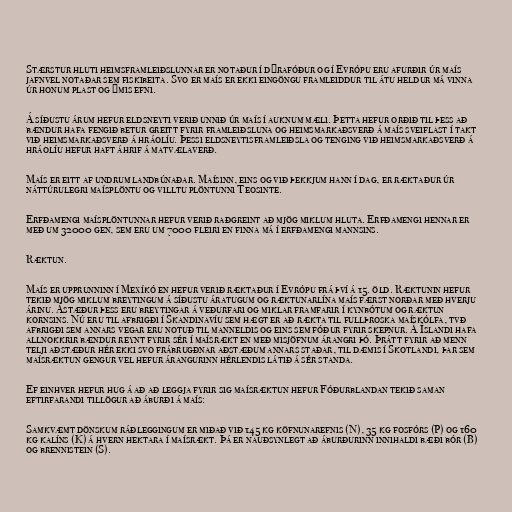
Stærstur hluti heimsframleiðslunnar er notaður í dýrafóður og í Evrópu eru afurðir úr maís
jafnvel notaðar sem fiskibeita. Svo er maís er ekki eingöngu framleiddur til átu heldur má vinna
úr honum plast og ýmis efni.

Á síðustu árum hefur eldsneyti verið unnið úr maís í auknum mæli. Þetta hefur orðið til þess að
bændur hafa fengið betur greitt fyrir framleiðsluna og heimsmarkaðsverð á maís sveiflast í takt
við heimsmarkaðsverð á hráolíu. Þessi eldsneytisframleiðsla og tenging við heimsmarkaðsverð á
hráolíu hefur haft áhrif á matvælaverð.

Maís er eitt af undrum landbúnaðar. Maísinn, eins og við þekkjum hann í dag, er ræktaður úr
náttúrulegri maísplöntu og villtu plöntunni Teosinte.

Erfðamengi maísplöntunnar hefur verið raðgreint að mjög miklum hluta. Erfðamengi hennar er
með um 32000 gen, sem eru um 7000 fleiri en finna má í erfðamengi mannsins.

Ræktun.

Maís er upprunninn í Mexíkó en hefur verið ræktaður í Evrópu frá því á 15. öld. Ræktunin hefur
tekið mjög miklum breytingum á síðustu áratugum og ræktunarlína maís færst norðar með hverju
árinu. Ástæður þess eru breytingar á veðurfari og miklar framfarir í kynbótum og ræktun
kornsins. Nú eru til afbrigði í Skandinavíu sem hægt er að rækta til fullþroska maískólfa, tvð
afbrigði sem annars vegar eru notuð til manneldis og eins sem fóður fyrir skepnur. Á Íslandi hafa
allnokkrir bændur reynt fyrir sér í maísrækt en með misjöfnum árangri þó. Þrátt fyrir að menn
telji aðstæður hér ekki svo frábrugðnar aðstæðum annars staðar, til dæmis í Skotlandi, þar sem
maísræktun gengur vel hefur árangurinn hérlendis látið á sér standa.

Ef einhver hefur hug á að að leggja fyrir sig maísræktun hefur Fóðurblandan tekið saman
eftirfarandi tillögur að áburði á maís:

Samkvæmt dönskum ráðleggingum er miðað við 145 kg köfnunarefnis (N), 35 kg fosfórs (P) og 160
kg kalíns (K) á hvern hektara í maísrækt. Þá er nauðsynlegt að áburðurinn innihaldi bæði bór (B)
og brennistein (S).